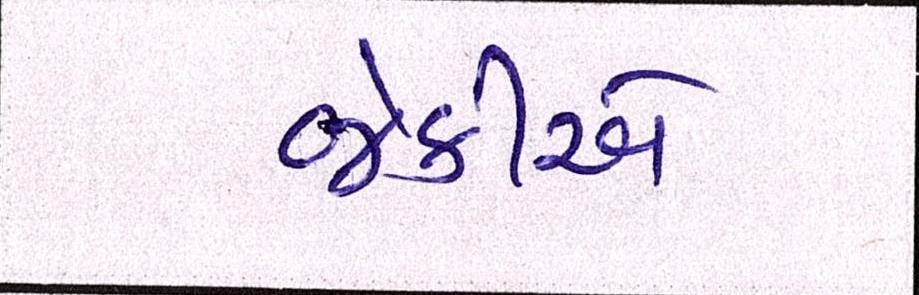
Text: જેકીએ